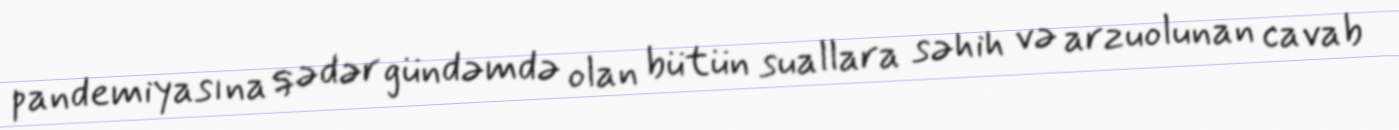
pandemiyasına qədər gündəmdə olan bütün suallara səhih və arzuolunan cavab